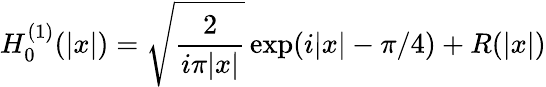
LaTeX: H_{0}^{(1)}(\vert x\vert)=\sqrt{\frac{2}{i\pi\vert x\vert}}\exp(i\vert x\vert-\pi/4)+R(\vert x\vert)